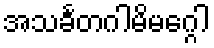
အသင်္ခတဂါမိမဂ္ဂေါ